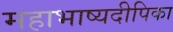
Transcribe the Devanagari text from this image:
महाभाष्यदीपिका